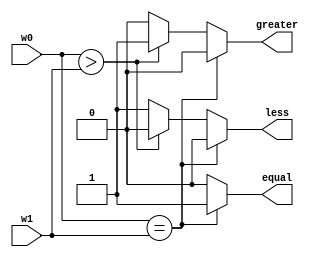
module comparator4bit(w0, w1, less, equal, greater);
    input wire[3:0] w0, w1;
    output reg less, equal, greater;
    always @(w0 or w1) 
  begin
        if(w0 == w1) begin
            less = 0; 
            greater = 0;
            equal = 1;
            end
        else if(w0 > w1) begin
            less = 0;
            greater = 1;
            equal = 0;
            end
        else begin
            less = 1;
            greater = 0;
            equal = 0;
            end
    end
endmodule

//comparator4bit(w0, w1, less, equal, greater);
module comparator4bit_tb;
    reg[3:0] w0, w1;
    wire less, equal, greater;
    comparator4bit uut(.w0(w0),.w1(w1),.less(less),.equal(equal),.greater(greater));
    initial begin
        w0 = 4'b0001; w1 = 4'b0001;
        #200;
        w0 = 4'b0011; w1 = 4'b0001;
        #200;
        w0 = 4'b0101; w1 = 4'b0101;
        #200;
        w0 = 4'b1000; w1 = 4'b1000;
        #200;
        w0 = 4'b0110; w1 = 4'b1011;
        #200;
        w0 = 4'b1010; w1 = 4'b1010;
        #200;
        $stop;
    end
endmodule